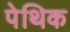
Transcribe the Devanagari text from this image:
पेथिक